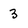
Character: 3